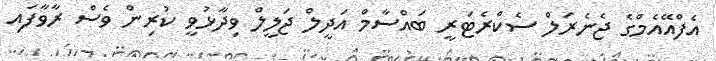
އެފްއޭއެމްގެ ޖެނެރަލް ސެކްރެޓަރީ ބައްސާމް އަދީލް ޖަލީލް ވިދާޅުވީ ކުރިން ވެސް ރާވާފައި